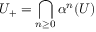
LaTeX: U _ { + } = \bigcap _ { n \geq 0 } \alpha ^ { n } ( U )